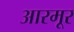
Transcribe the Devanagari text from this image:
आरमूर